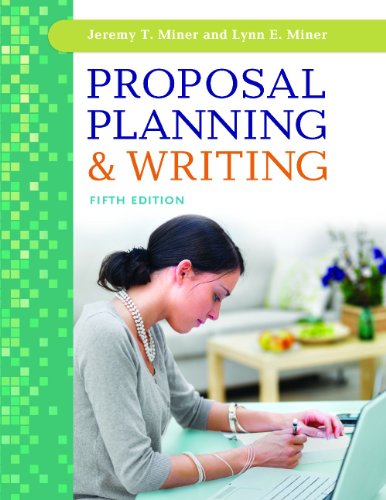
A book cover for Proposal Planning & Writing; Jeremy T. Miner; Business & Money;